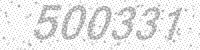
Solution: 500331